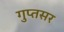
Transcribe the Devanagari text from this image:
गुप्तसर